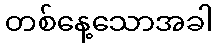
တစ်နေ့သောအခါ